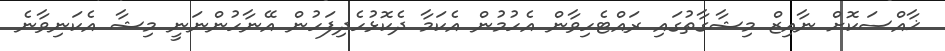
ޚާއްސަކޮށް ނާއިޒް މިޝާގާތުގައި ރައްޓެހިވާން އެހުމުން އެކަމާ ދެކޮޅުހެދިފަހުން އޭނާހުންނަނީ މިޝާ އެކަނިވާނެ